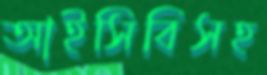
আইসিবিসহ